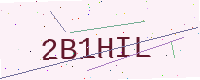
Text: 2B1HIL